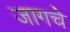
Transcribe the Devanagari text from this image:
जागचे